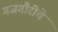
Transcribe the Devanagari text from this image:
गजगौरीचे